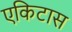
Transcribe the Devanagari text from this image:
एकिटास